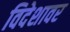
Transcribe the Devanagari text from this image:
विदेशावर